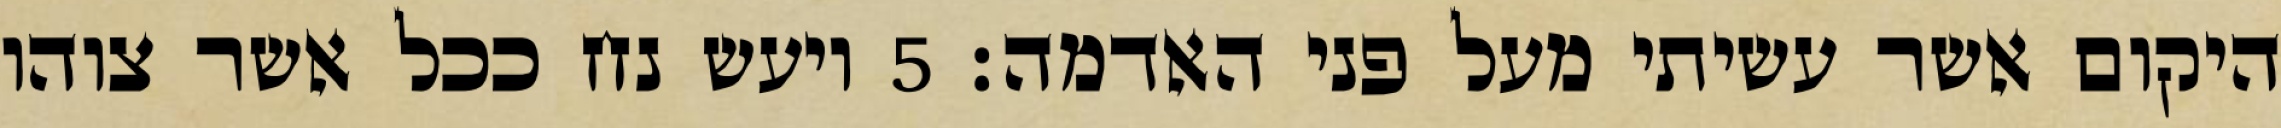
היקום אשר עשיתי מעל פני האדמה׃ ‎5‏ ויעש נח ככל אשר צוהו